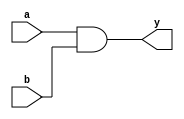
module combinational_logic(
    input wire a,    // First input
    input wire b,    // Second input
    output reg y     // Output register
);

// Always block to evaluate combinational logic
always @(*) begin
    // Continuous assignment using blocking assignment
    y = a & b;  // AND operation
end

endmodule